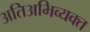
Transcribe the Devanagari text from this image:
अतिअभिव्यक्त